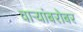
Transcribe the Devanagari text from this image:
वाऱ्यांबरोबर